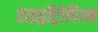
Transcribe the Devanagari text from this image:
हाइड्रॉट्रोपिज्म